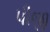
પીજી